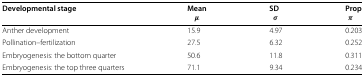
| Developmental stage | Mean | SD | Prop |
 |  | μ | σ | π |
 | --- | --- | --- | --- |
 | Anther development | 15.9 | 4.97 | 0.203 |
 | Pollination–fertilization | 27.5 | 6.32 | 0.252 |
 | Embryogenesis: the bottom quarter | 50.6 | 11.8 | 0.311 |
 | Embryogenesis: the top three quarters | 71.1 | 9.34 | 0.234 |